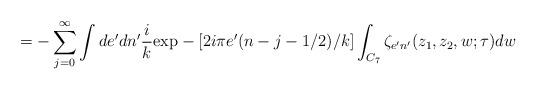
LaTeX: \begin{align*}=-\sum_{j=0}^{\infty}\int de'dn'\frac{i}{k}\mbox{exp}-[2i\pi e'(n-j-1/2)/k]\int_{C_{7}} \zeta_{e'n'}(z_{1},z_{2},w;\tau)dw\end{align*}